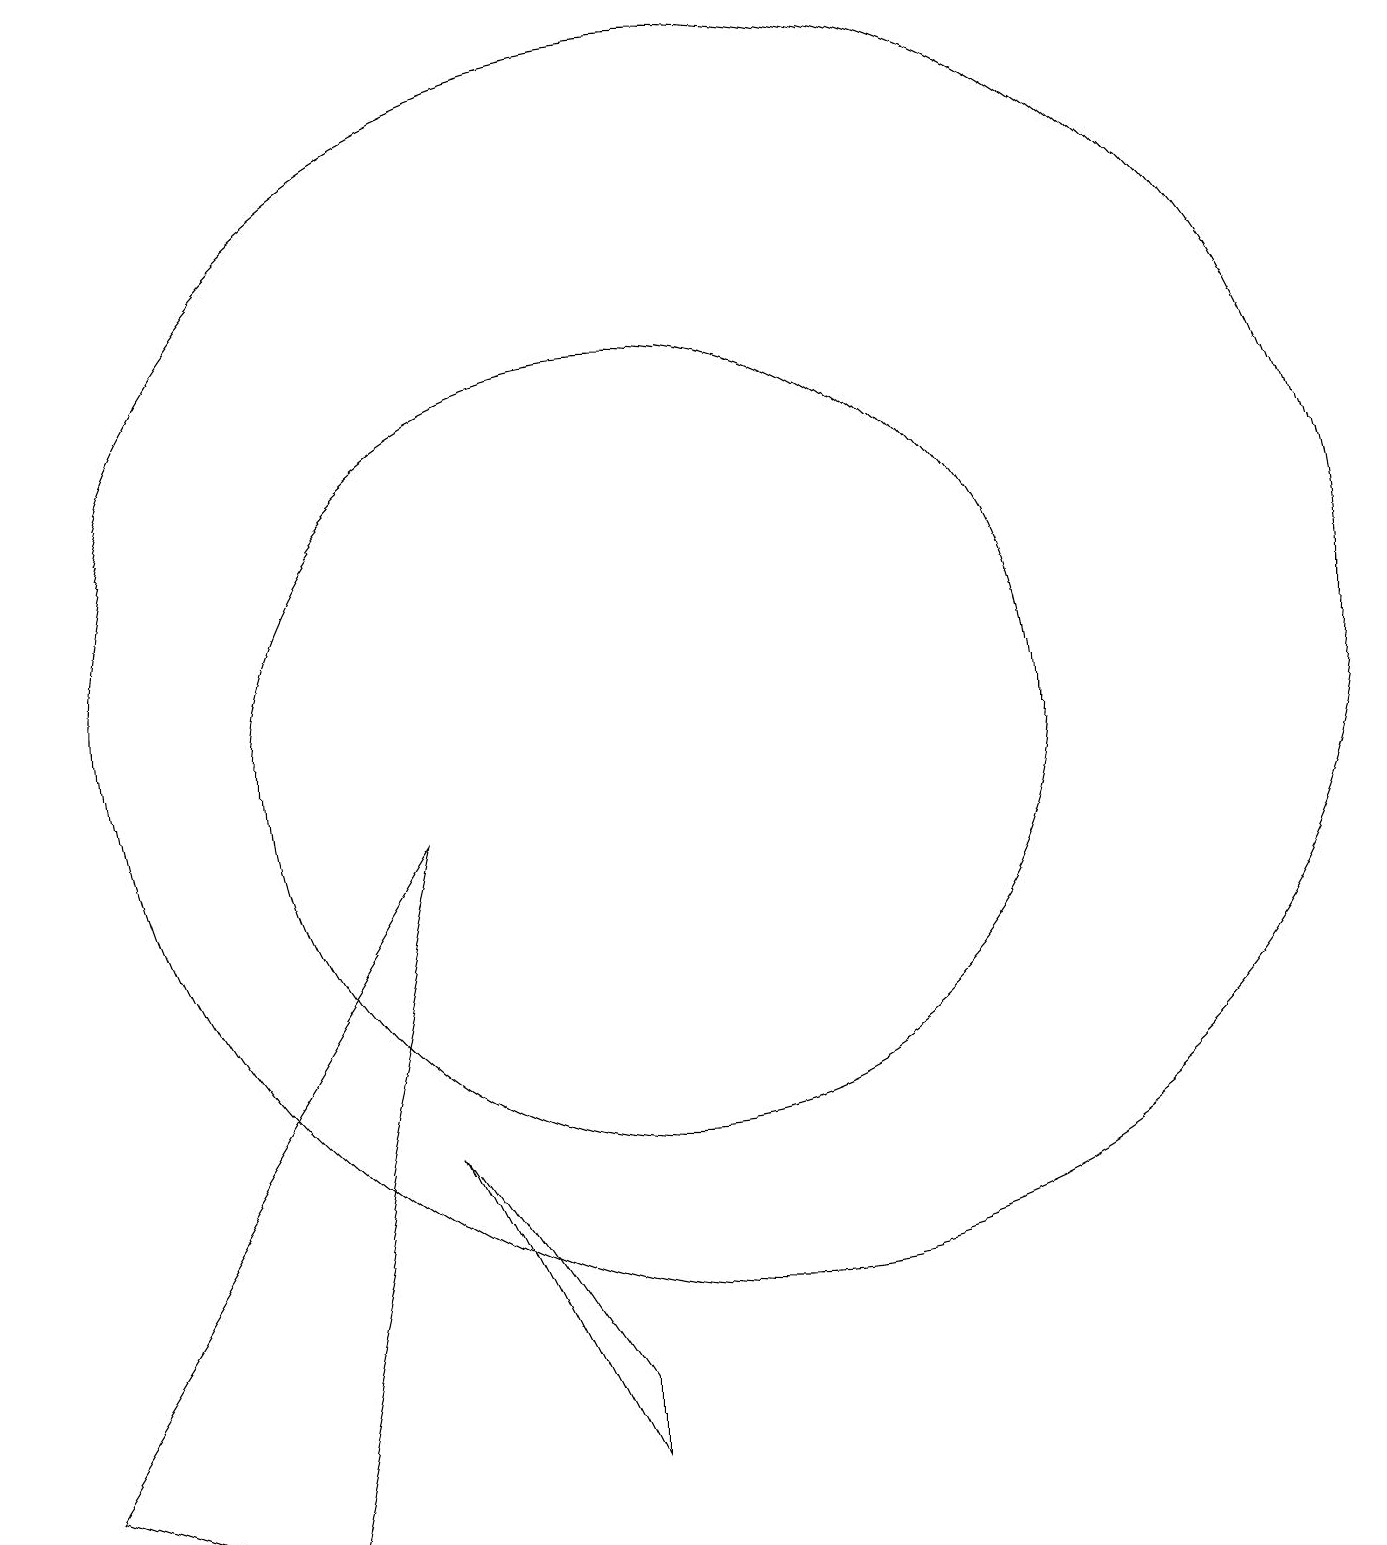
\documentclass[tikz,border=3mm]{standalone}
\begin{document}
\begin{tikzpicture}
\draw (11,11) circle (8);
\draw (10,10) circle (5);
\draw (9,2) -- (7,5) -- (9,1) -- cycle;
\draw (5,0) -- (7,9) -- (2,1) -- cycle;
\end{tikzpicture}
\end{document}